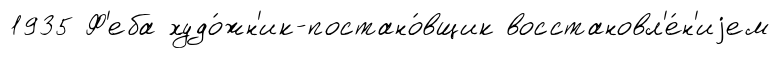
1935 Ф'еба худо́жн'ик-постано́вщик восстановл'е́н'иjем